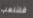
فلنلعب